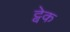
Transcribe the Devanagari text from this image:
ट्वेक